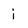
Character: i